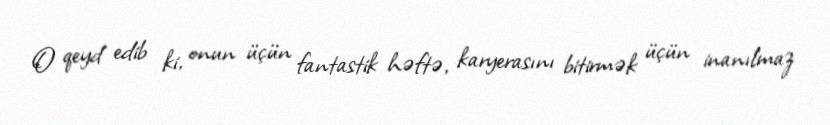
O qeyd edib ki, onun üçün fantastik həftə, karyerasını bitirmək üçün inanılmaz